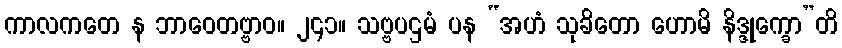
ကာလကတေ န ဘာဝေတဗ္ဗာဝ။ ၂၄၁။ သဗ္ဗပဌမံ ပန “အဟံ သုခိတော ဟောမိ နိဒ္ဒုက္ခော”တိ